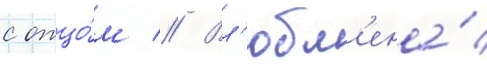
с отцо́м // Вл'юбл'ена́